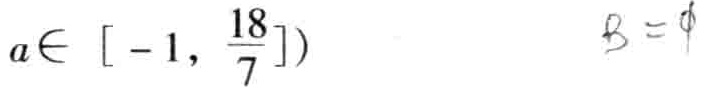
$a\in\left[-1,\frac{18}{7}\right])\quad B = \varnothing$